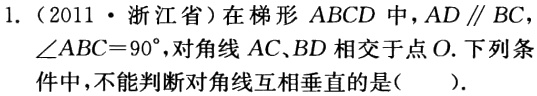
1.（2011·浙江省）在梯形 \(ABCD\) 中，\(AD\parallel BC\)，\(\angle ABC = 90^{\circ}\)，对角线 \(AC\)、\(BD\) 相交于点 \(O\). 下列条件中，不能判断对角线互相垂直的是（  ）.